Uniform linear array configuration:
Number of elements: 12
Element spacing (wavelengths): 0.75
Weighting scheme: hann
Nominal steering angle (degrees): -15
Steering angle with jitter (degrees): -15.901
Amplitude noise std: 0.05
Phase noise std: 0.05

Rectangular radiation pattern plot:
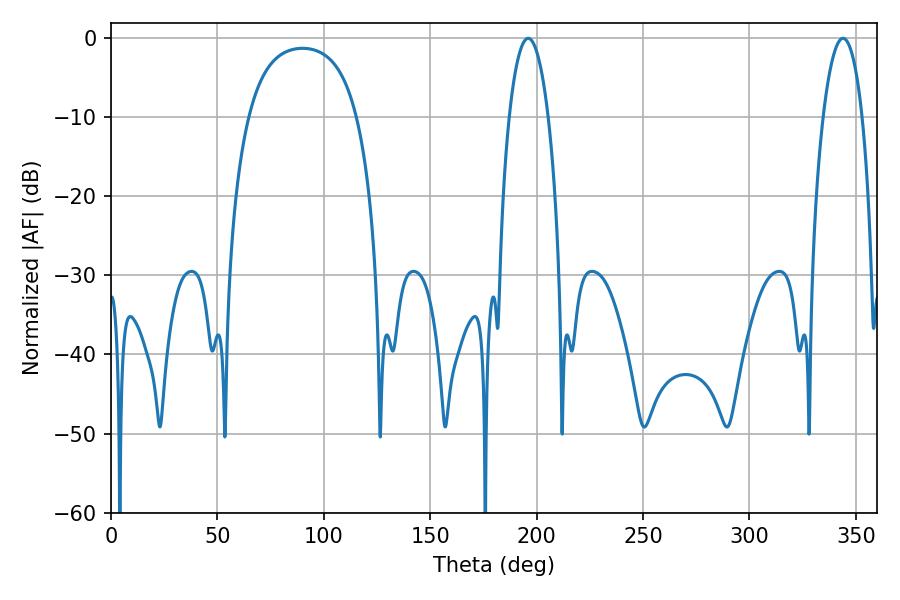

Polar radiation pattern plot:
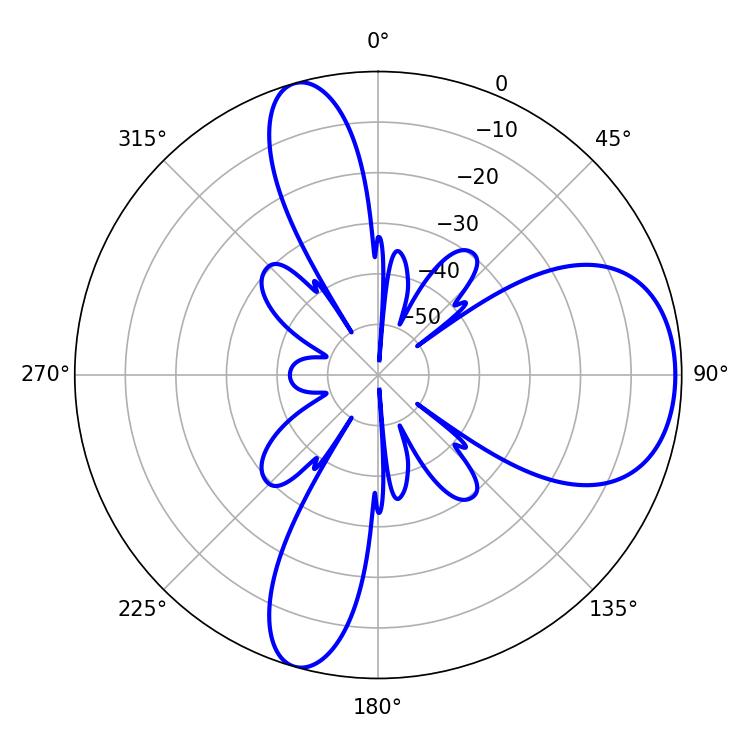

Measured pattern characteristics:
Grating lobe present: TRUE
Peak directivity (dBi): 7.751
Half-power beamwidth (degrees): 10.26
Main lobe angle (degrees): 196.02